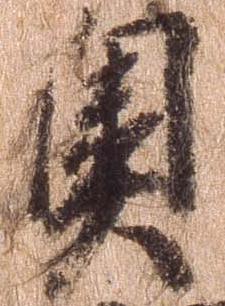
奥